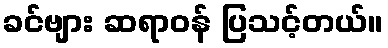
ခင်ဗျား ဆရာဝန် ပြသင့်တယ်။